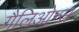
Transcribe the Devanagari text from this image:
गैलिओन्स